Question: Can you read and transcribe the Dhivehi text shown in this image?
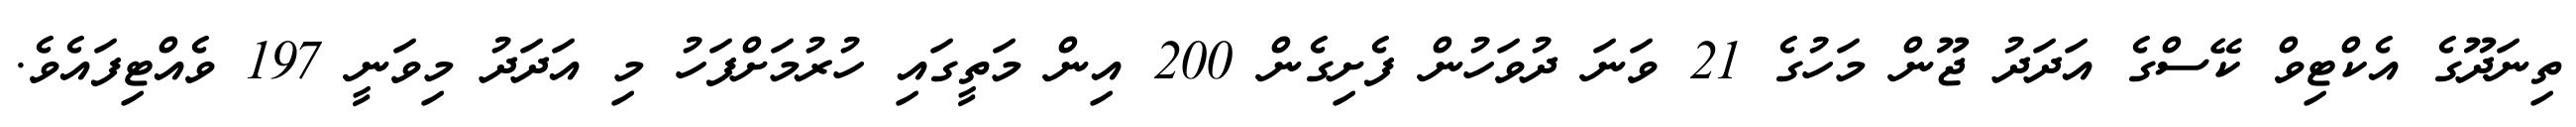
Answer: ތިނަދޫގެ އެކްޓިވް ކޭސްގެ އަދަދު ޖޫން މަހުގެ 21 ވަނަ ދުވަހުން ފެށިގެން 200 އިން މަތީގައި ހުރުމަށްފަހު މި އަދަދު މިވަނީ 197 ވެއްޓިފައެވެ.